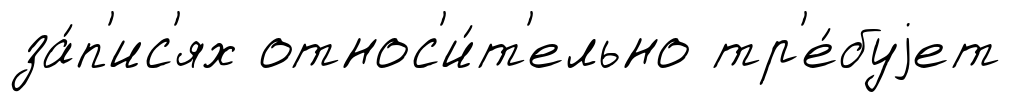
за́п'ис'ях относ'и́т'ельно тр'е́буjет